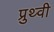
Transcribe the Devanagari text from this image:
प्रुथ्वी